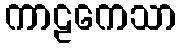
ကာဠကေသာ